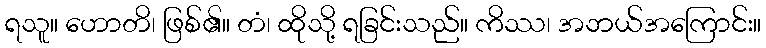
ရသူ။ ဟောတိ၊ ဖြစ်၏။ တံ၊ ထိုသို့ ရခြင်းသည်။ ကိဿ၊ အဘယ်အကြောင်း။